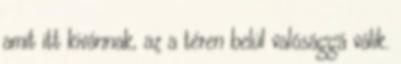
amit itt kivánnak, az a téren belül valósággá válik.